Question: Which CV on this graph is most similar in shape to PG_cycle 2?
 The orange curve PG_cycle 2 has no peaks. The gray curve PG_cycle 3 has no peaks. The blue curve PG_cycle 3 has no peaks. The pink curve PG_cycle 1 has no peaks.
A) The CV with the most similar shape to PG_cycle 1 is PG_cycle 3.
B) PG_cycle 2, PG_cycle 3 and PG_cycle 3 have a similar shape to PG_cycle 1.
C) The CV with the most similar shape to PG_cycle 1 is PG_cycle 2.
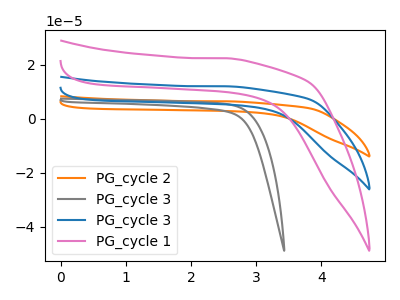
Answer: <think>Neither "PG_cycle 2" or "PG_cycle 3" have any peaks. Neither "PG_cycle 2" or "PG_cycle 3" have any peaks. Neither "PG_cycle 2" or "PG_cycle 1" have any peaks. Neither "PG_cycle 3" or "PG_cycle 3" have any peaks. Neither "PG_cycle 3" or "PG_cycle 1" have any peaks. Neither "PG_cycle 3" or "PG_cycle 1" have any peaks.
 </think>
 <answer>B) "PG_cycle 2", "PG_cycle 3" and "PG_cycle 3" have a similar shape to "PG_cycle 1".</answer>
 <eval>B</eval>